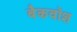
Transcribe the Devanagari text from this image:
बैकवॉश